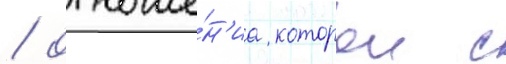
/ отноше́н'иа которои с